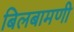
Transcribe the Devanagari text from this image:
बिलबामणी